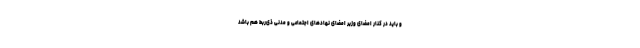
و باید در کنار امضای وزیر امضای نهادهای اجتماعی و مدنی ذی‌ربط هم باشد